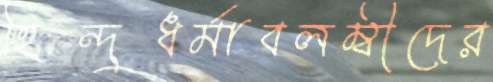
হিন্দুধর্মাবলম্বীদের